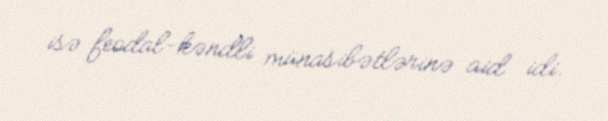
isə feodal-kəndli münasibətlərinə aid idi.